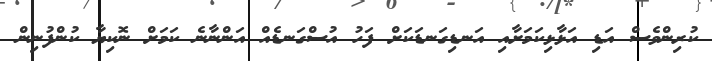
ކުރިންވެސް އަޑި އަޅާޅިކަމަށާއި އަނޑިގަނޑަކަށް ފަހު އުސްގަނޑެއް އަންނާނެ ކަމަށް ނޮކިޔާ ކުންފުނިން